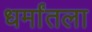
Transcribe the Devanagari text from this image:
धर्मांतला